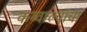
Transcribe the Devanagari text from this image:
कव्वाल्यांचा